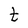
Character: t